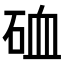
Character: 𥒌